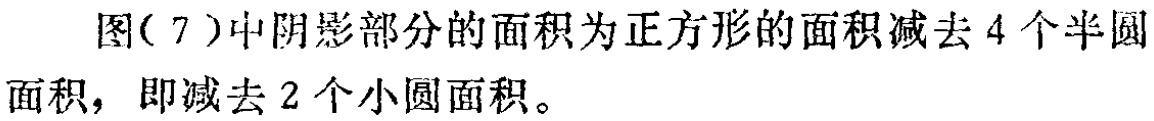
图(7)中阴影部分的面积为正方形的面积减去4个半圆面积，即减去2个小圆面积。